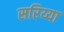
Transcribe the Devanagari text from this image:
सरिय्या